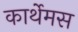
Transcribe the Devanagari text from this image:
कार्थेमस